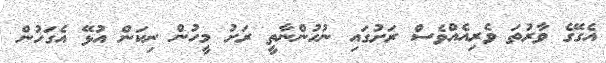
އެގޭގެ ވާރުތަ ވެރިއެއްވެސް ރަށުގައި ނުހުންނާތީ ރަށު މީހުން ނިކަން އުޅޭ އެގަހުން